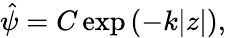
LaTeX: \begin{array}{r}{\hat{\psi}=C\exp{(-k|z|)},}\end{array}